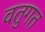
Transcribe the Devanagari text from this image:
वतुगत